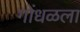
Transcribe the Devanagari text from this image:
गोंधळला